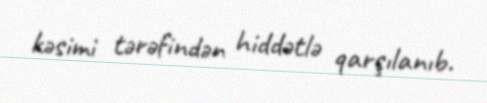
kəsimi tərəfindən hiddətlə qarşılanıb.